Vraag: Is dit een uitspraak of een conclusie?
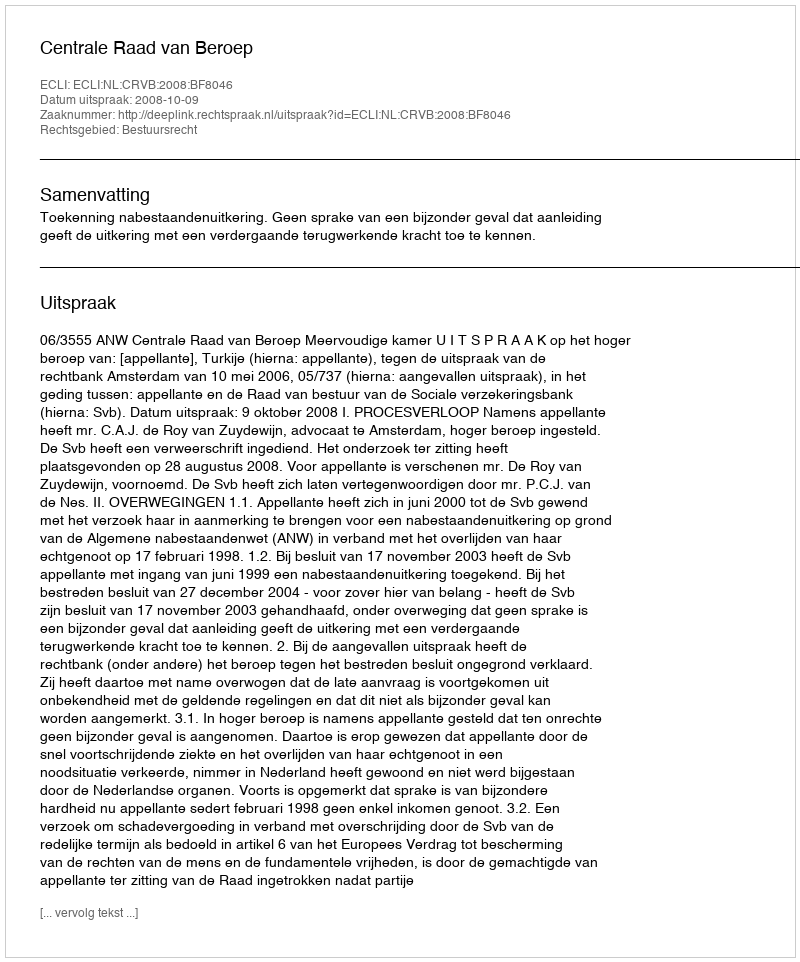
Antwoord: Uitspraak